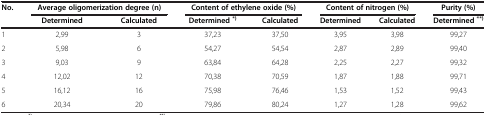
<table><thead><tr><td rowspan="2"><b>No.</b></td><td colspan="2"><b>Average oligomerization degree (n)</b></td><td colspan="2"><b>Content of ethylene oxide (%)</b></td><td colspan="2"><b>Content of nitrogen (%)</b></td><td><b>Purity (%)</b></td></tr><tr><td><b>Determined</b></td><td><b>Calculated</b></td><td><b>Determined<sup>*)</sup></b></td><td><b>Calculated</b></td><td><b>Determined</b></td><td><b>Calculated</b></td><td><b>Determined<sup>**)</sup></b></td></tr></thead><tbody><tr><td>1</td><td>2,99</td><td>3</td><td>37,23</td><td>37,50</td><td>3,95</td><td>3,98</td><td>99,27</td></tr><tr><td>2</td><td>5,98</td><td>6</td><td>54,27</td><td>54,54</td><td>2,87</td><td>2,89</td><td>99,40</td></tr><tr><td>3</td><td>9,03</td><td>9</td><td>63,84</td><td>64,28</td><td>2,25</td><td>2,27</td><td>99,32</td></tr><tr><td>4</td><td>12,02</td><td>12</td><td>70,38</td><td>70,59</td><td>1,87</td><td>1,88</td><td>99,71</td></tr><tr><td>5</td><td>16,12</td><td>16</td><td>75,98</td><td>76,46</td><td>1,53</td><td>1,52</td><td>99,43</td></tr><tr><td>6</td><td>20,34</td><td>20</td><td>79,86</td><td>80,24</td><td>1,27</td><td>1,28</td><td>99,62</td></tr></tbody></table>